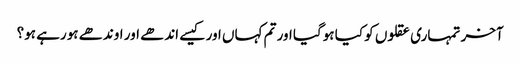
آخر تمہاری عقلوں کو کیا ہوگیا اور تم کہاں اور کیسے اندھے اور اوندھے ہورہے ہو؟